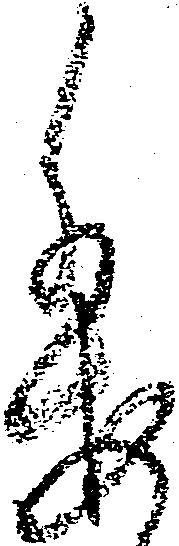
委